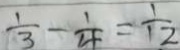
\frac { 1 } { 3 } - \frac { 1 } { 4 } = \frac { 1 } { 1 2 }